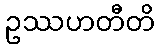
ဥဿဟတီတိ